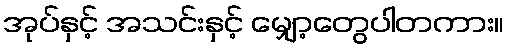
အုပ်နှင့် အသင်းနှင့် မျှော့တွေပါတကား။